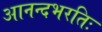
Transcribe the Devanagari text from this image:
आनन्दभरतिः